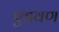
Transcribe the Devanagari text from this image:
एडवण